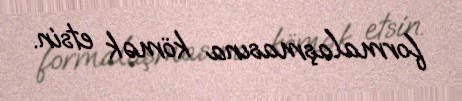
formalaşmasına kömək etsin.